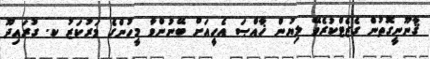
ޤާނޫނީގޮތުން ގެޒެޓްކުރެވޭ ލިޔުން ޚާއްޞަ އެހީއަށް ބޭނުންވާ މީހުންގެ މަރުކަޒު ކ. ގުރައިދޫ